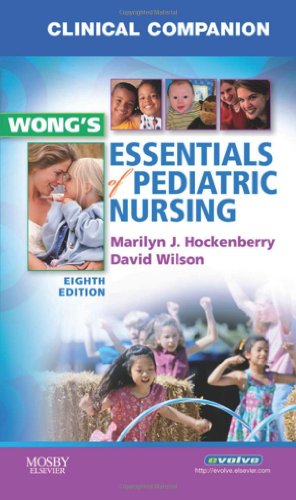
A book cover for Clinical Companion for Wong's Essentials of Pediatric Nursing; Marilyn J. Hockenberry PhD  RN  PNP-BC  FAAN; Medical Books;